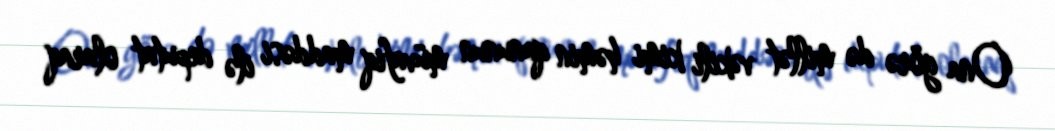
Ona görə də millət vəkili kimi həmin qanunun müvafiq maddəsi ilə deputat olaraq